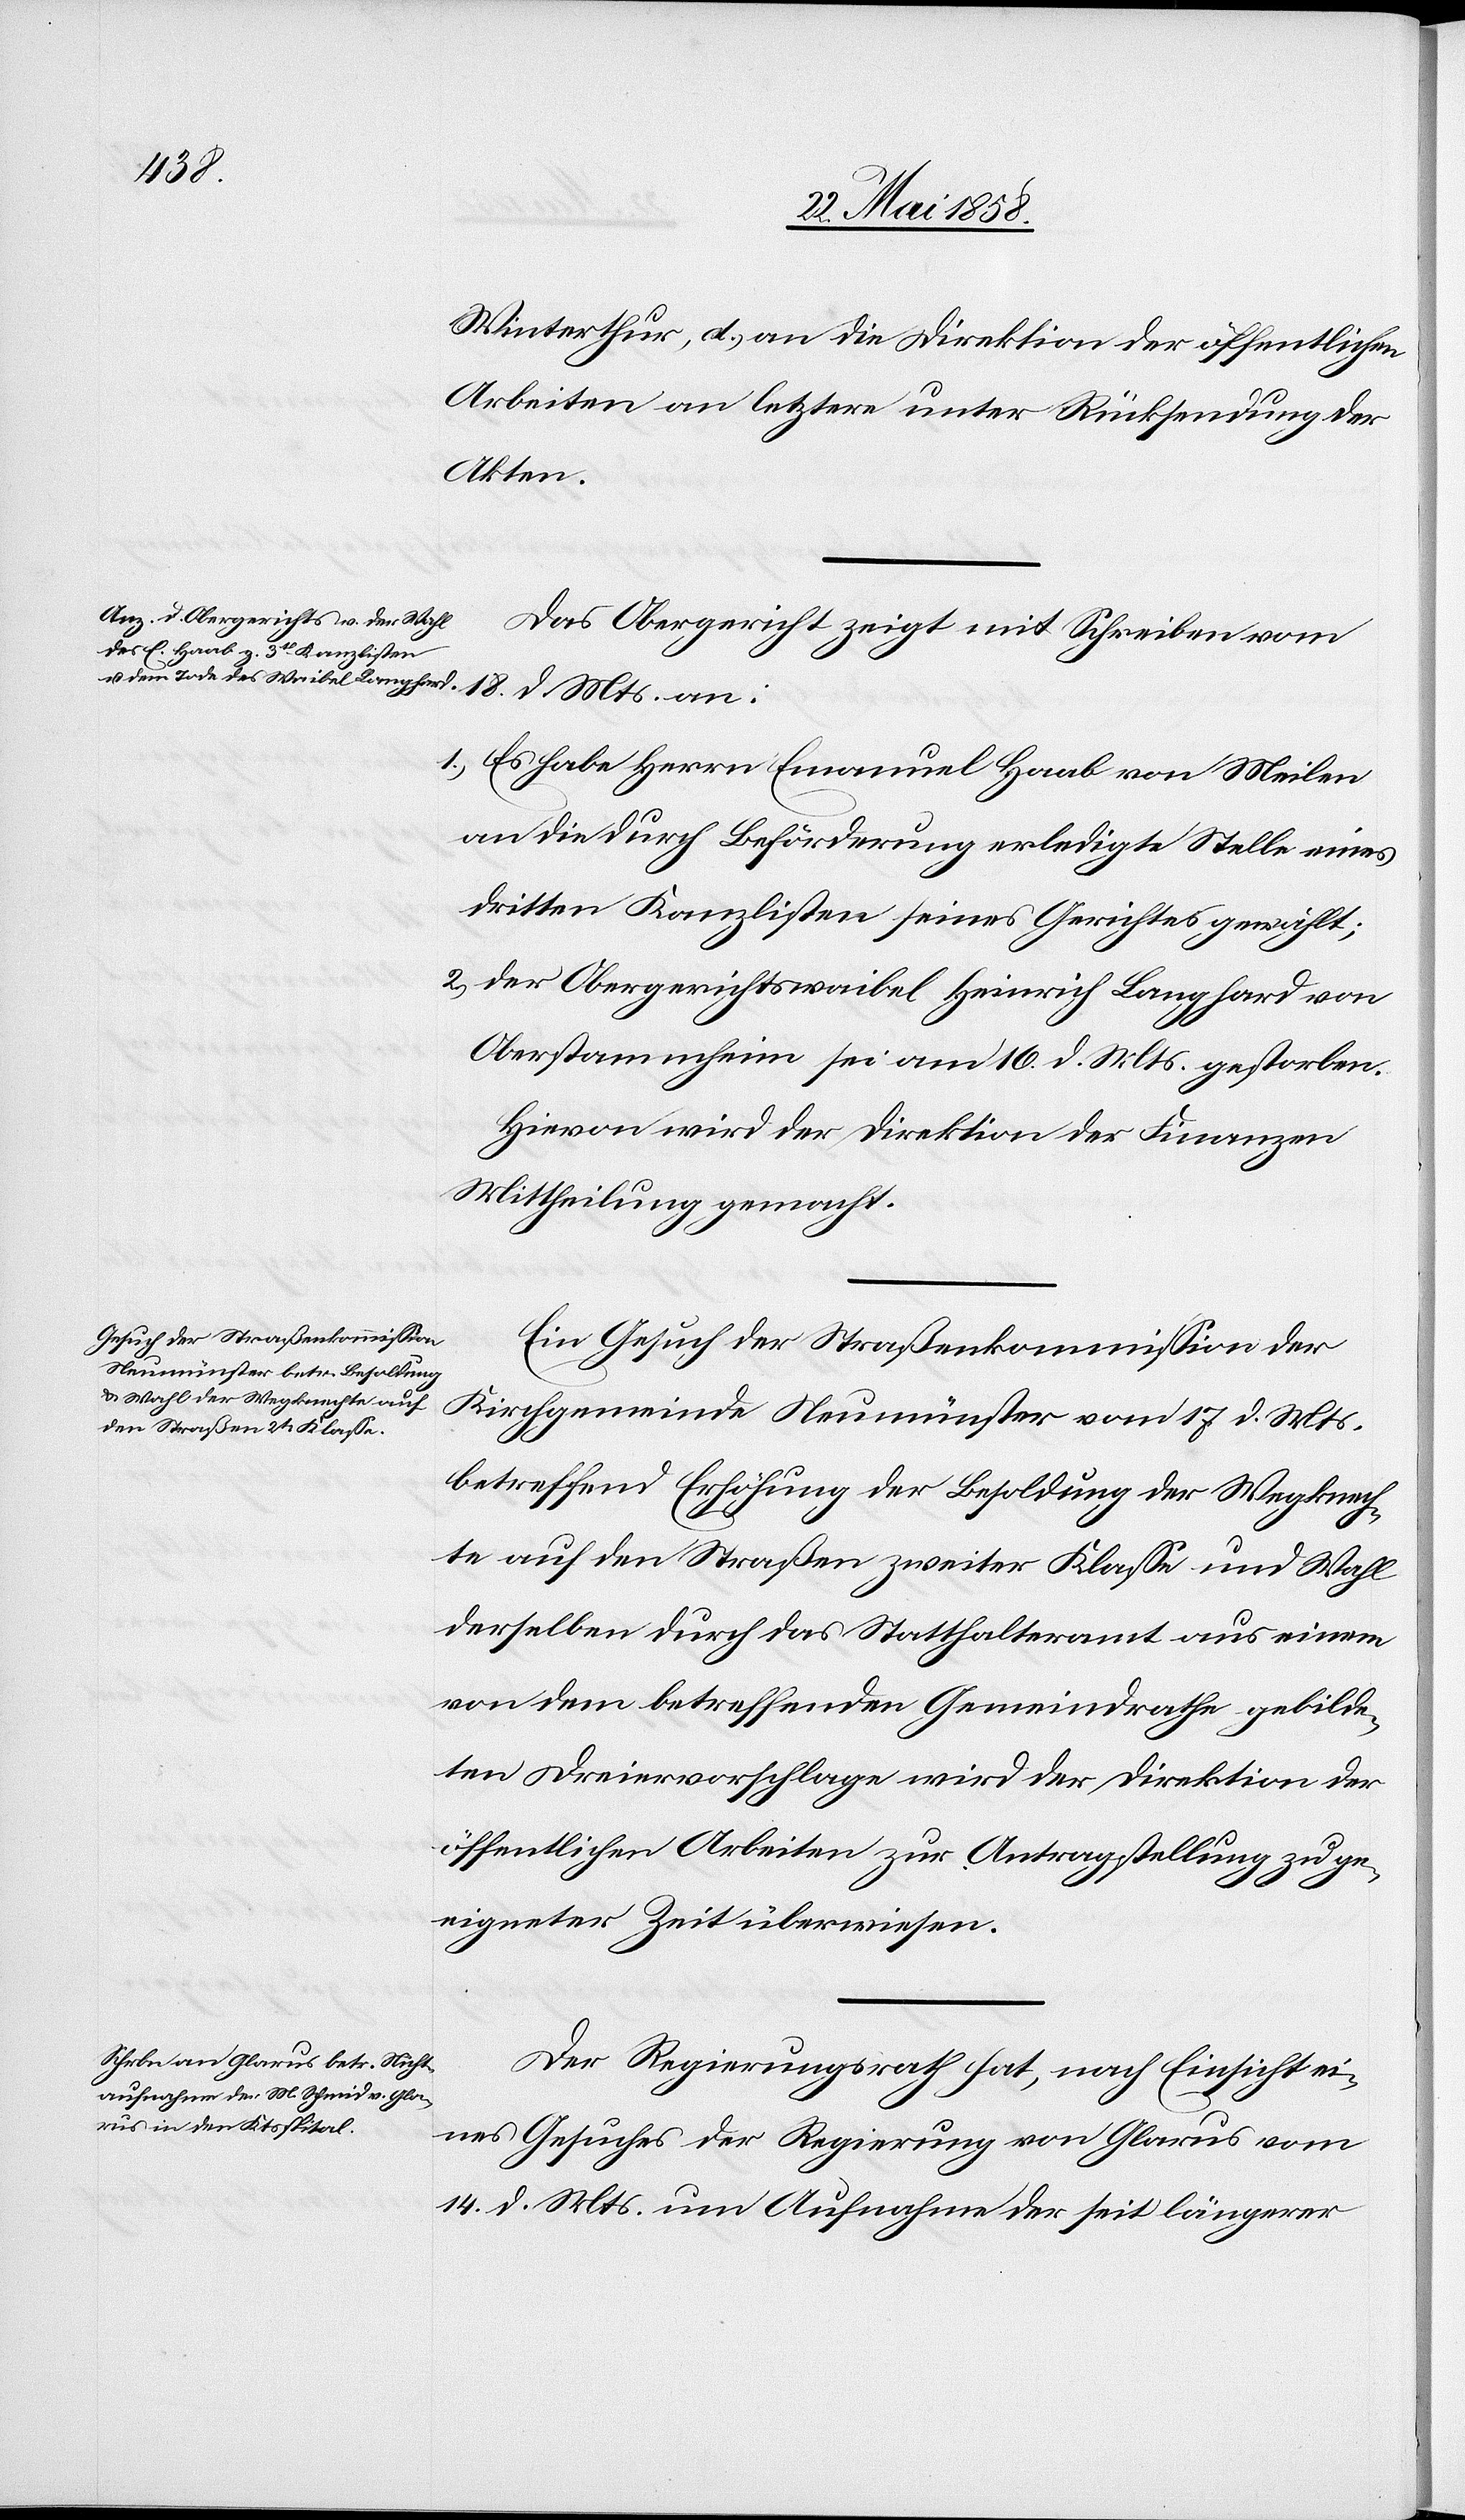
18. d.
Winterthur, d) an die Direktion der öffentlichen
Arbeiten an letztere unter Rücksendung der
Akten.
Das Obergericht mit Schreiben vom
1. Es habe Herrn Emanuel Haab von Meilen
an die durch Beförderung erledigte Stelle eines
dritten Kanzlisten seines Gerichtes gewählt;
2. Der Obergerichtswaibel Heinrich Langhard von
Oberstammheim sei am 16. d. Mts. gestorben.
Hievon wird der Direktion der Finanzen
Mittheilung gemacht.
Ein Gesuch der Straßenkommission der
Kirchgemeinde Neumünster vom 17. d. Mts.
betreffend Erhöhung der Besoldung der Wegknech¬
te auf den Straßen zweiter Klasse und Wahl
derselben durch das Statthalteramt aus dienen
von dem betreffenden Gemeindrathe gebilde¬
ten Dreiervorschlage wird der Direktion der
öffentlichen Arbeiten zur Antragstellung zu ge¬
eigneter Zeit überwiesen.
Der Regierungsrath hat, nach Einsicht ei¬
nes Gesuches der Regierung von Glarus vom
14. d. Mts. um Aufnahme der seit längerer